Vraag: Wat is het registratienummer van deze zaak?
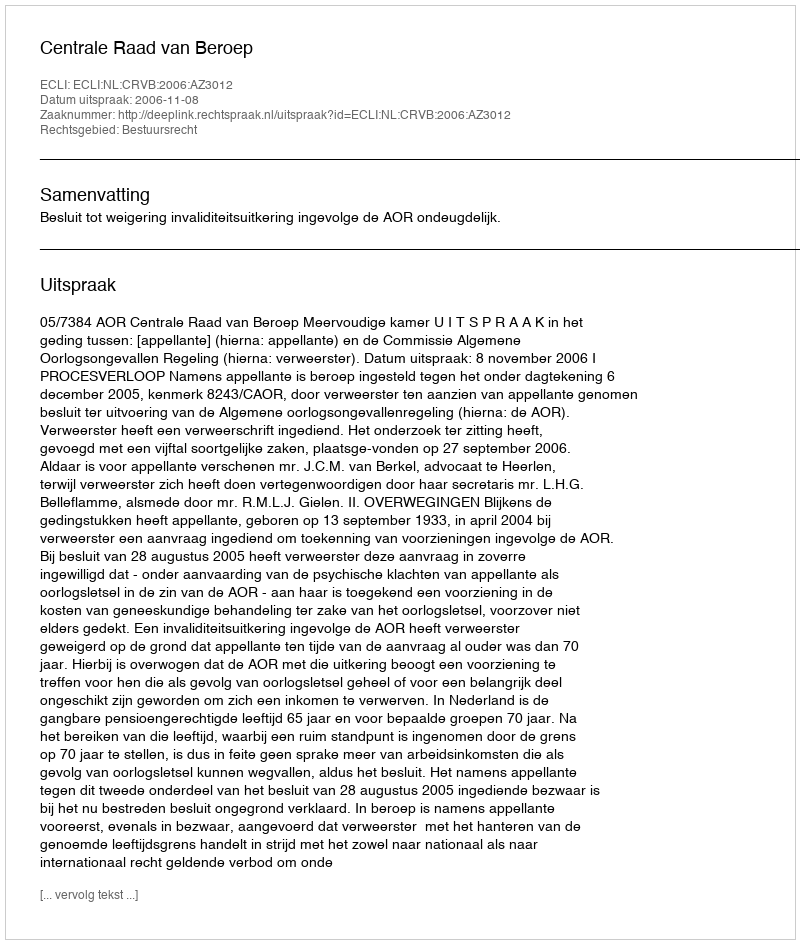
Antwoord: http://deeplink.rechtspraak.nl/uitspraak?id=ECLI:NL:CRVB:2006:AZ3012